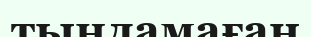
тыңдамаған